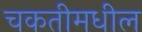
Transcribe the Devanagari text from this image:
चकतीमधील